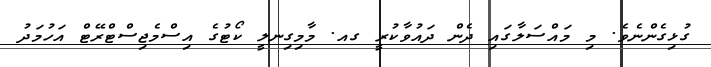
ގުޅިގެންނެވެ. މި މައްސަލާގައި ދެން ދައުވާކުރީ ގއ. މާމިގިނލީ ކޯޓުގެ އިސްމެޖިސްޓްރޭޓް އަހުމަދު